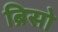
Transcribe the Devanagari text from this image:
ब्रिसो